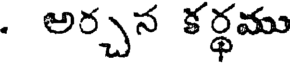
. అర్చన కర్థము